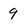
Character: 9